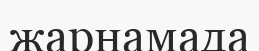
жарнамада